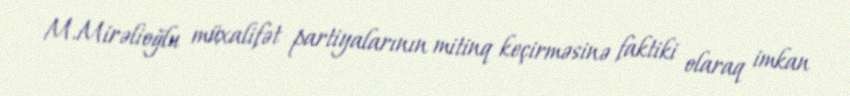
M.Mirəlioğlu müxalifət partiyalarının mitinq keçirməsinə faktiki olaraq imkan